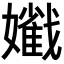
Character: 𡣯